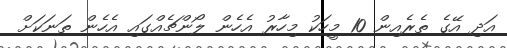
އަދި އޭގެ ތެރެއިން 10 މީހަކު މިހާރު އެހެން ލޯންޗެއްގައި އެހެން ތަނަކަށް